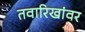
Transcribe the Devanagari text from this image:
तवारिखांवर